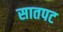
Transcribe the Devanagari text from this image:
सातपट